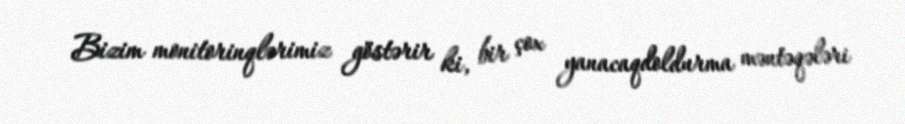
Bizim monitorinqlərimiz göstərir ki, bir çox yanacaqdoldurma məntəqələri